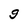
Character: g